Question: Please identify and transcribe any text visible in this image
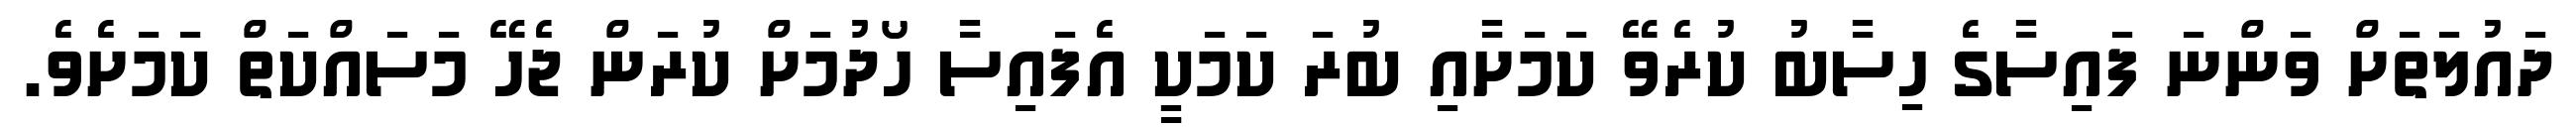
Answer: ދައުލަތަށް ވަންނަ ފައިސާގެ ހިސާބު ކުރެވޭ ކަމަށާއި ބުރަ ކަމަކީ އެފައިސާ ހޯދުމަށް ކުރަން ޖެހޭ މަސައްކަތް ކަމަށެވެ.